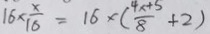
1 6 \times \frac { x } { 1 6 } = 1 6 \times ( \frac { 4 x + 5 } { 8 } + 2 )